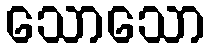
သောသော